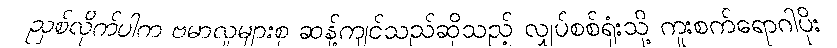
ညှစ်လိုက်ပါက ဗမာလူများစု ဆန့်ကျင်သည်ဆိုသည့် လျှပ်စစ်ရုံးသို့ ကူးစက်ရောဂါပိုး